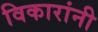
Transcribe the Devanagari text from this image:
विकारांनी